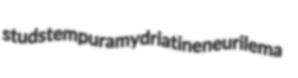
studs tempura mydriatine neurilema